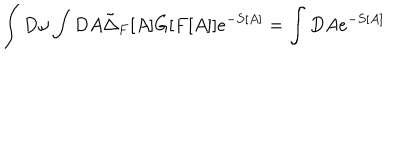
\int D \omega \int D A \tilde { \Delta } _ { F } [ A ] G [ F [ A ] ] e ^ { - S [ A ] } = \int D A e ^ { - S [ A ] }